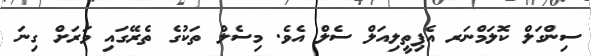
ސިންގަލް ކޮލަމްނަރ އެޕިތީލިއަލް ސެލް އެވެ. މިސެލް ތަކުގެ ތެރޭގައި ވަރަށް ގިނަ